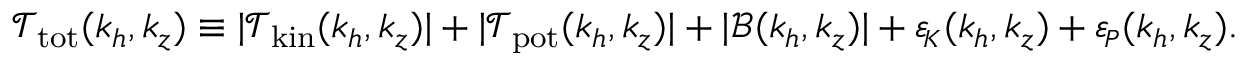
\mathcal { T } _ { \mathrm { t o t } } ( k _ { h } , k _ { z } ) \equiv | \mathcal { T } _ { \mathrm { k i n } } ( k _ { h } , k _ { z } ) | + | \mathcal { T } _ { \mathrm { p o t } } ( k _ { h } , k _ { z } ) | + | \mathcal { B } ( k _ { h } , k _ { z } ) | + { \varepsilon _ { \! \scriptscriptstyle K } } ( k _ { h } , k _ { z } ) + { \varepsilon _ { \! \scriptscriptstyle P } } ( k _ { h } , k _ { z } ) .